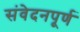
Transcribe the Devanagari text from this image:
संवेदनपूर्ण